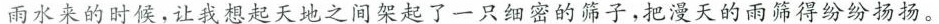
雨水来的时候，让我想起天地之间架起了一只细密的筛子，把漫天的雨筛得纷纷扬扬。